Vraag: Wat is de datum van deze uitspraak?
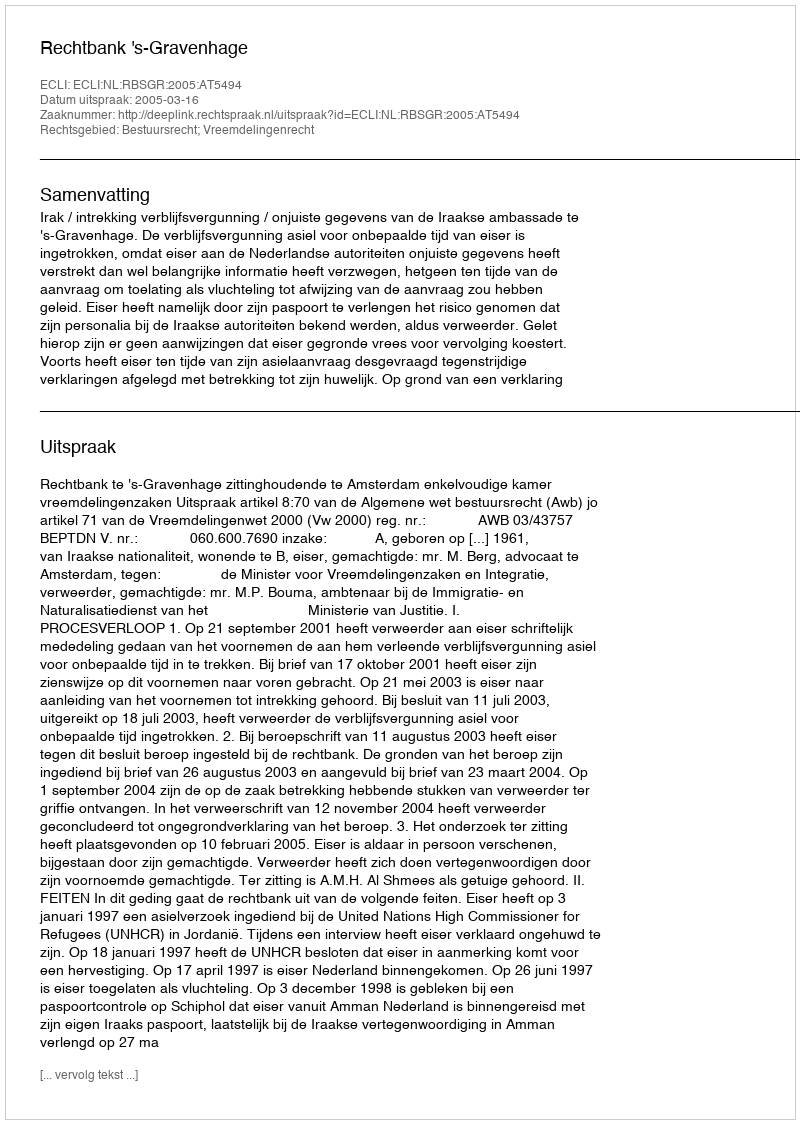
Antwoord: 2005-03-16